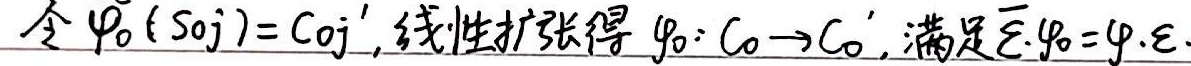
令\(\varphi_0(s_{0j}) = c_{0j}'\)，线性扩张得\(\varphi_0:C_0\rightarrow C_0'\)，满足\(\overline{\varepsilon}\cdot\varphi_0=\varphi\cdot\varepsilon\)。